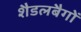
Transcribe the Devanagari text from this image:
शैडलबैगों